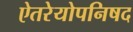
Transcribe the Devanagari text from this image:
ऐतरेयोपनिषद